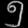
Digit: ၅